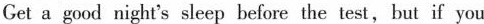
Get a good night's sleep before the test,but if you